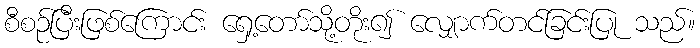
စီစဉ်ပြီးဖြစ်ကြောင်း ရှေ့တော်သို့တိုး၍ လျှောက်တင်ခြင်းပြု သည်။